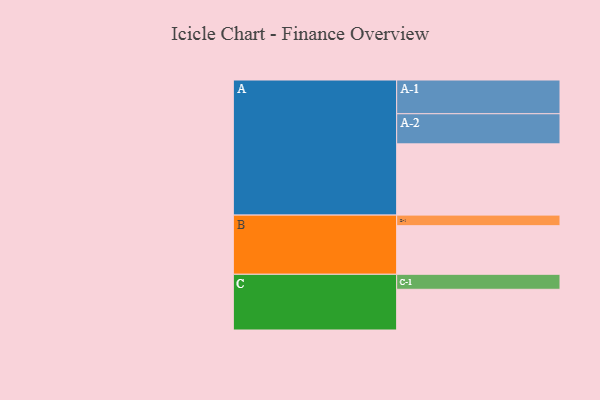
{"axis": {"x": "Segment", "y": "Value"}, "legend": ["", "A", "B", "C"], "data": [{"x": "A", "y": 532, "type": ""}, {"x": "B", "y": 363, "type": ""}, {"x": "C", "y": 304, "type": ""}, {"x": "A-1", "y": 252, "type": "A"}, {"x": "A-2", "y": 225, "type": "A"}, {"x": "B-1", "y": 79, "type": "B"}, {"x": "C-1", "y": 112, "type": "C"}]}